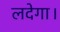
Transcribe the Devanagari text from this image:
लदेगा।